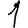
Digit: 1